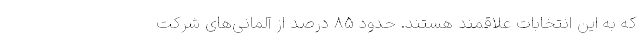
که به این انتخابات علاقمند هستند. حدود ۸۵ درصد از آلمانی‌های شرکت